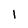
Character: 1